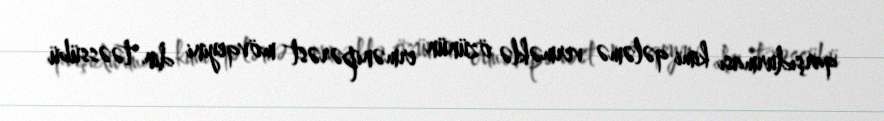
qarşıdurması kimi qələmə verməklə özünün ermənipərəst mövqeyini din təəssübü